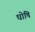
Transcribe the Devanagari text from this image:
घोषि